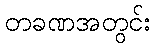
တခဏအတွင်း